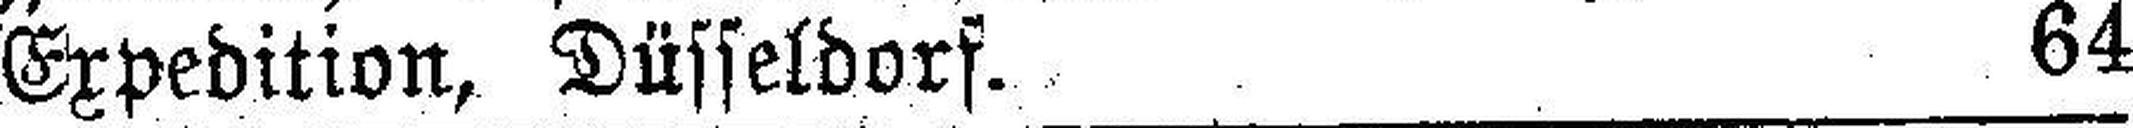
Expedition, Düsseldorf. 64